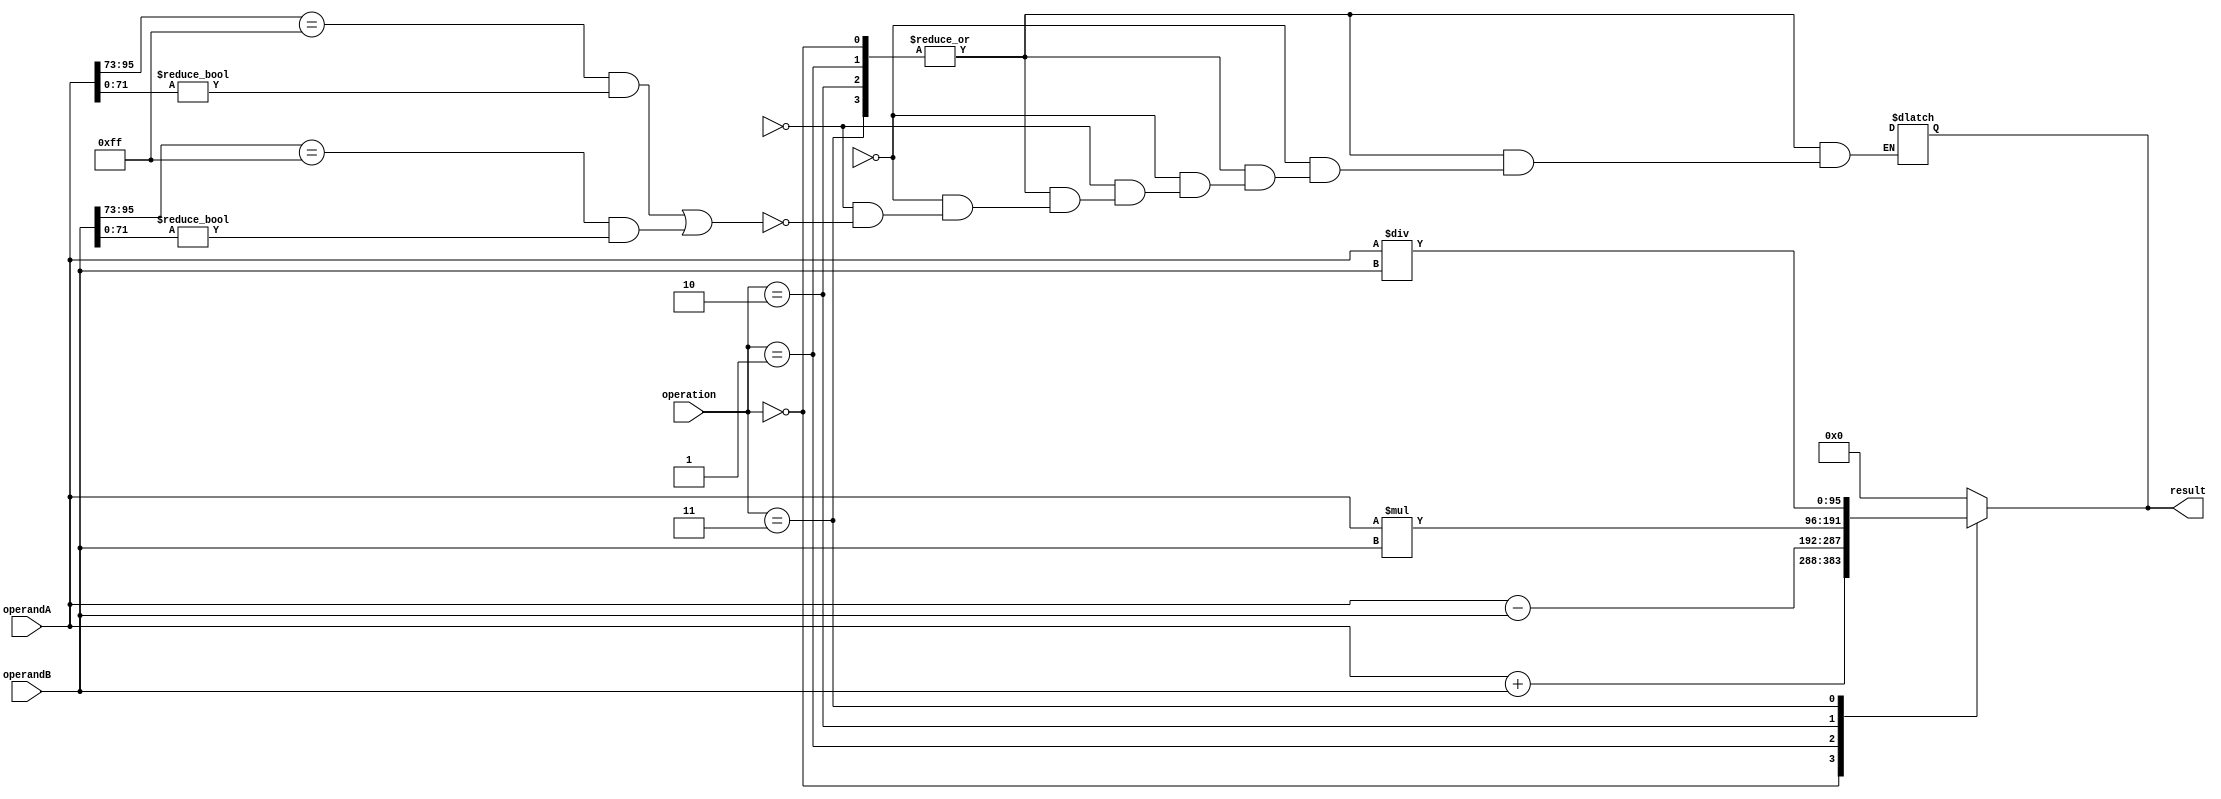
module TriplePrecisionFloatingPointUnit (
    input wire [95:0] operandA,
    input wire [95:0] operandB,
    input wire [2:0] operation,
    output reg [95:0] result
);

reg [2:0] roundingMode;
reg [23:0] exponentA, exponentB;
reg [71:0] mantissaA, mantissaB;
reg [1:0] operationType;
wire isZeroA, isZeroB;
wire isInfinityA, isInfinityB;
wire isNaN;
wire isDenormalizedA, isDenormalizedB;
wire overflow, underflow;

// Extraction logic for operands
assign exponentA = operandA[95:73];
assign mantissaA = operandA[72:0];
assign exponentB = operandB[95:73];
assign mantissaB = operandB[72:0];
assign isZeroA = (exponentA == 0) && (mantissaA == 0);
assign isZeroB = (exponentB == 0) && (mantissaB == 0);
assign isInfinityA = (exponentA == 255) && (mantissaA == 0);
assign isInfinityB = (exponentB == 255) && (mantissaB == 0);
assign isNaN = (exponentA == 255 && mantissaA != 0) || (exponentB == 255 && mantissaB != 0);
assign isDenormalizedA = (exponentA == 0) && (mantissaA != 0);
assign isDenormalizedB = (exponentB == 0) && (mantissaB != 0);

// Arithmetic Logic Unit
always @ (operandA, operandB, operation)
begin
    case(operation)
        3'b000: // Addition
            result = operandA + operandB;
        3'b001: // Subtraction
            result = operandA - operandB;
        3'b010: // Multiplication
            result = operandA * operandB;
        3'b011: // Division
            result = operandA / operandB;
        default:
            result = 96'b0; // default to zero
    endcase
end

// Rounding Logic
always @ (roundingMode, result)
begin
    // rounding logic implementation
    // based on rounding mode
end

// Control Unit
always @ (operation)
begin
    case(operation)
        3'b000, 3'b001, 3'b010, 3'b011: // Valid operations
            if(overflow)
                result = 96'bx;
            else if(underflow)
                result = 96'bz;
            else if(isNaN)
                result = 96'bx;
            else
                result = result;
        default:
            result = 96'bz; // default to zero
    endcase
end

endmodule